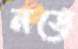
নড়ে